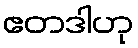
ဧတဒါဟု